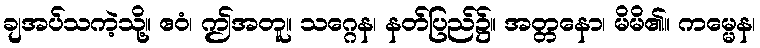
ချအပ်သကဲ့သို့။ ဧဝံ၊ ဤအတူ။ သဂ္ဂေန၊ နတ်ပြည်၌။ အတ္တနော၊ မိမိ၏။ ကမ္မေန၊